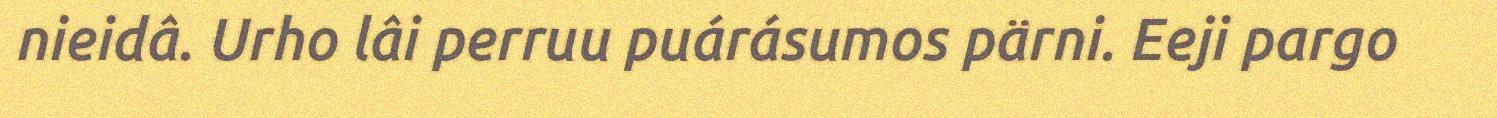
nieidâ. Urho lâi perruu puárásumos pärni. Eeji pargo